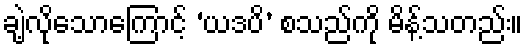
ချဲ့လိုသောကြောင့် ‘ယဒပိ’ စသည်ကို မိန့်သတည်း။